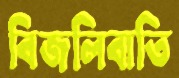
বিজলিবাতি